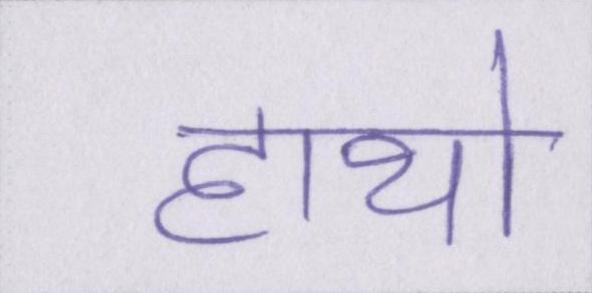
हाथो